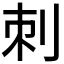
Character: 刺